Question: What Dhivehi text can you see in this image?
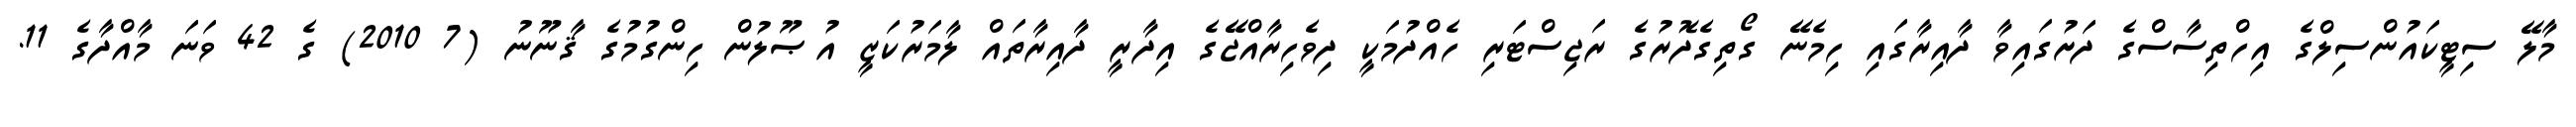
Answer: މާލޭ ސިޓީކައުންސިލްގެ އިހްތިސާސްގެ ދަށުގައިވާ ދާއިރާގައި ހިމެނޭ ގޯތިގެދޮރުގެ ރަޖިސްޓަރި ހެއްދުމަކީ ދިވެހިރާއްޖޭގެ އިދާރީ ދާއިރާތައް ލާމަރުކަޒީ އުޞޫލުން ހިންގުމުގެ ޤާނޫނު (7 2010) ގެ 42 ވަނަ މާއްދާގެ 11.